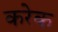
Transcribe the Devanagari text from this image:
करेक